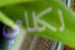
لكلامي